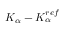
K _ { \alpha } - K _ { \alpha } ^ { r e f }